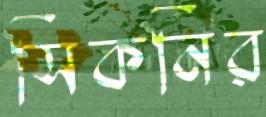
সিকনির